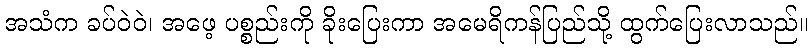
အသံက ခပ်ဝဲဝဲ၊ အဖေ့ ပစ္စည်းကို ခိုးပြေးကာ အမေရိကန်ပြည်သို့ ထွက်ပြေးလာသည်။